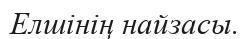
Елшінің найзасы.